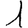
Digit: 1